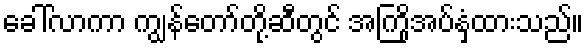
ခေါ်လာကာ ကျွန်တော်တို့ဆီတွင် အကြိုအပ်နှံထားသည်။